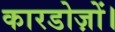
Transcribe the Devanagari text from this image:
कारडोज़ों।